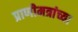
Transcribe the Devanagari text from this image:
प्राणीमत्रांच्या